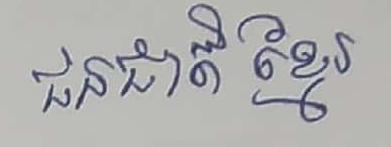
ជនជាតិខ្មែរ